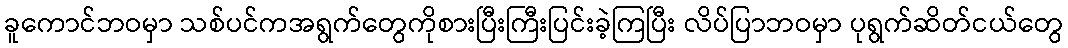
ခူကောင်ဘဝမှာ သစ်ပင်ကအရွက်တွေကိုစားပြီးကြီးပြင်းခဲ့ကြပြီး လိပ်ပြာဘဝမှာ ပုရွက်ဆိတ်ငယ်တွေ